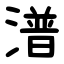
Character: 潽